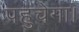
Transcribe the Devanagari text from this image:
पहुचेगा।